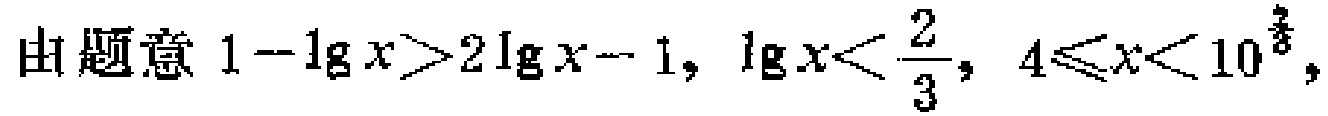
由题意 \(1 - \lg x > 2\lg x - 1,\ \lg x < \frac{2}{3},\ 4\leqslant x < 10^{\frac{2}{3}}\)